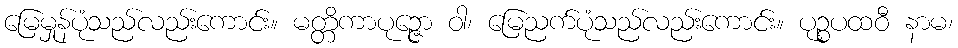
မြေမှုန်ပုံသည်လည်းကောင်း။ မတ္တိကာပုဉ္ဇော ဝါ၊ မြေညက်ပုံသည်လည်းကောင်း။ ပုဉ္စပထဝီ နာမ၊